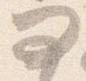
問